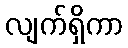
လျက်ရှိကာ